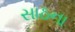
સાઠના